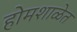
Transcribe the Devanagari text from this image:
होमशाळेत